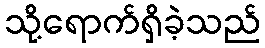
သို့ရောက်ရှိခဲ့သည်